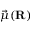
\vec { \mu } ( \mathbf { R } )